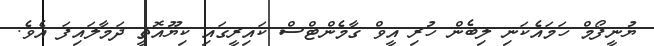
ޔުނީފޯމް ހަމައެކަނި ލިބެން ހުރި އީވް ގާމެންޓްސް ކައިރީގައި ކިޔޫއޮތީ ދަމާލައިފަ އެވެ.